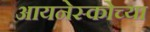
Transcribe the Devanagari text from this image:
आयनेस्कोच्या